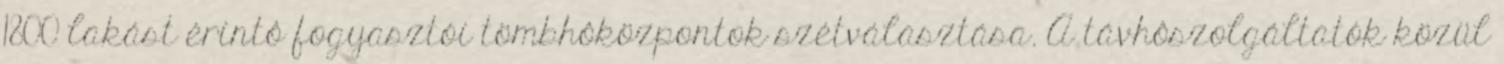
1800 lakást érintô fogyasztói tömbhôközpontok szétválasztása. A távhôszolgáltatók közül